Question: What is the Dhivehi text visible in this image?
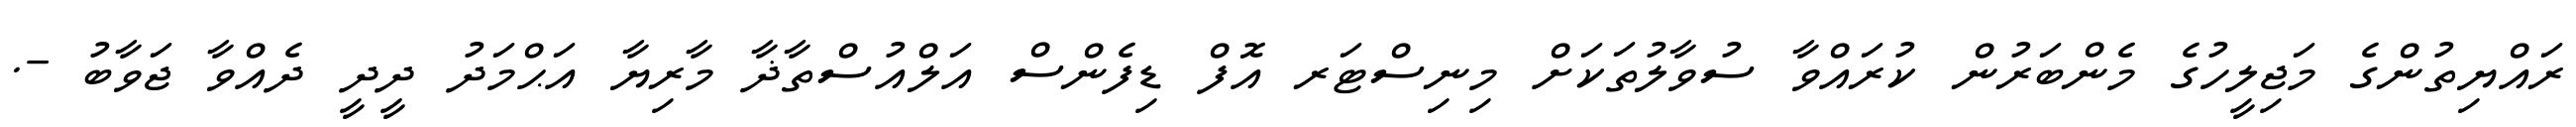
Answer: ރައްޔިތުންގެ މަޖިލީހުގެ މެންބަރުން ކުރައްވާ ސުވާލުތަކަށް މިނިސްޓަރ އޮފް ޑިފެންސް އަލްއުސްތާޛާ މާރިޔާ އަޙްމަދު ދީދީ ދެއްވާ ޖަވާބު -.